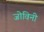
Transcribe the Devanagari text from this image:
जोविनी